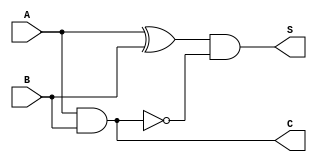
module threshold_half_adder(
    input wire A,  // Input A
    input wire B,  // Input B
    output wire S, // Sum output
    output wire C  // Carry output
);

// Sum output: S = A XOR B, but resets to 0 when both A and B are high
assign S = (A ^ B) & ~(A & B);

// Carry output: C = A AND B
assign C = A & B;

endmodule